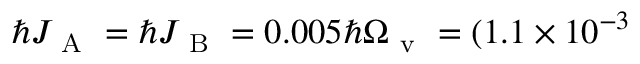
\hbar J _ { \mathrm { ~ A ~ } } = \hbar J _ { \mathrm { ~ B ~ } } = 0 . 0 0 5 \hbar \Omega _ { \mathrm { ~ v ~ } } = ( 1 . 1 \times 1 0 ^ { - 3 }